Indian journal of veterinary science and animal husbandry - Volume 6,
Year: 1936
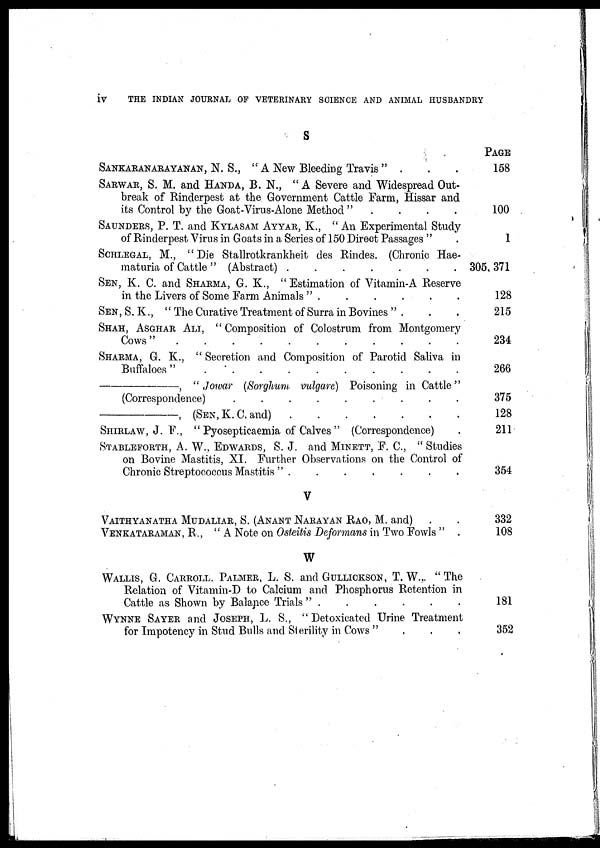
iv
THE INDIAN JOURNAL OF VETERINARY SCIENCE AND ANIMAL HUSBANDRY
S
SANKARANARAYANAN, N. S., " A New Bleeding Travis " .
.
SARWAR, S. M. and HANDA, B. N., "A Severe and Widespread Out-
break of Rinderpest at the Government Cattle Farm, Hissar and
its Control by the Goat-Virus-Alone Method "
SAUNDERS, P. T. and KYLASAM AYYAR, K., "An Experimental Study
of Rinderpest Virus in Goats in a Series of 150 Direct Passages "
SCHLEGAL, M., "Die Stallrotkrankheit des Rindes. (Chronic Hae-
maturia of Cattle " (Abstract)
.......
SEN, K. C. and SHARMA, G. K., " Estimation of Vitamin-A Reserve
in the Livers of Some Farm Animals " .
SEN , S. K., "The Curative Treatment of Surra in Bovines " .
SHAH, ASGHAR ALI, " Composition of Colostrum from Montgomery
Cows"
SHARMA, G. K., " Secretion and Composition of Parotid Saliva in
Buffaloes"
—,
" Joivar (Sorghum vulgare) Poisoning in Cattle"
(Correspondence)
.........
—,
(SEN, K. C. and)
SHIRLAW, J. F., " Pyosepticaemia of Calves " (Correspondence)
STABLEFORTH, A. W., EDWARDS, S. J. and MINETT, F. C, " Studies
on Bovine Mastitis, XI. Further Observations on the Control of
Chronic Streptococcus Mastitis " .
......
V
VAITHYANATHA MUDALIAR, S. (ANANT NARAYAN RAO, M. and)
VENKATARAMAN, R., "A Note on Osteitis Deformans in Two Fowls " .
W
WALLIS, G. CARROLL. PALMER, L. S. and GULLICKSON, T. W. " The
Relation of Vitamin-D to Calcium and Phosphorus Retention in
Cattle as Shown by Balance Trials "
WYNNE SAYER and JOSEPH, L. S., " Detoxicated Urine Treatment
for Impotency in Stud Bulls and Sterility in Cows "
PAGE
158
100
1
305,371
128
215
234
266
375
128
211
354
332
108
181
352